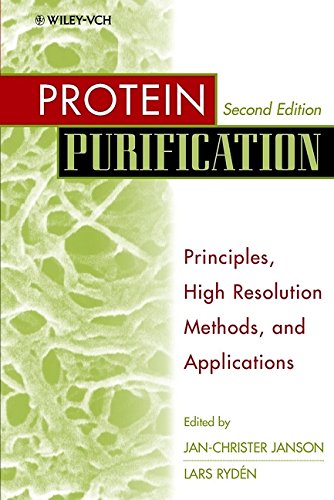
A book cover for Protein Purification: Principles, High-Resolution Methods, and Applications; Science & Math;